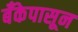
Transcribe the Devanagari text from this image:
बँकेपासून